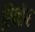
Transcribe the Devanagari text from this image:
फिनीज